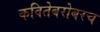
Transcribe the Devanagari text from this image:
कवितेबरोबरच